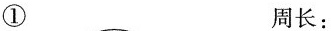
① 周长：